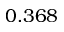
0 . 3 6 8